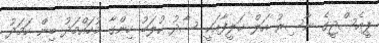
ޕީއެސްޖީގެ ނާސިރު އަލް ޚަލީފާއަކީ ސާދު ކުލަބު ހިންގާ މުހައްމަދު ބިން ހަމަދު